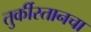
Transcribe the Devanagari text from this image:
तुर्कीस्तानचा